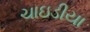
ચાઇડીયા